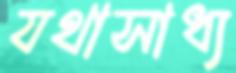
যথাসাধ্য